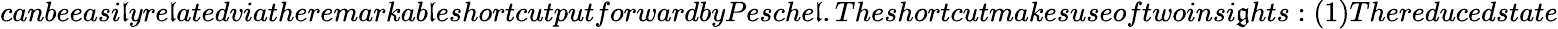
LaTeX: canbeeasi\mathfrak{l}yre\mathfrak{l}atedviatheremarkab\mathfrak{l}eshortcutputforwardbyPesche\mathfrak{l}.Theshortcutmakesuseoftwoinsi\mathfrak{g}hts:(1)Thereducedstate